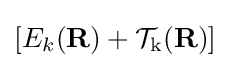
\left[E_{k}(\mathbf {R} )+{\mathcal {T}}_{\mathrm {k} }(\mathbf {R} )\right]